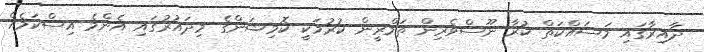
ދާއިރާގައި މަސައްކަތް ކުރާ ނޫސްވެރިން ތަމްރީން ކުރުމަކީ ކޮމިޝަންގެ މިދައުރުގައި އެންމެ އިސްކަމެއް